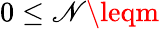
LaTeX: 0\leq\mathscr{N}\leqm